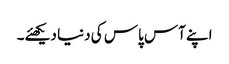
اپنے آس پاس کی دنیا دیکھئے۔